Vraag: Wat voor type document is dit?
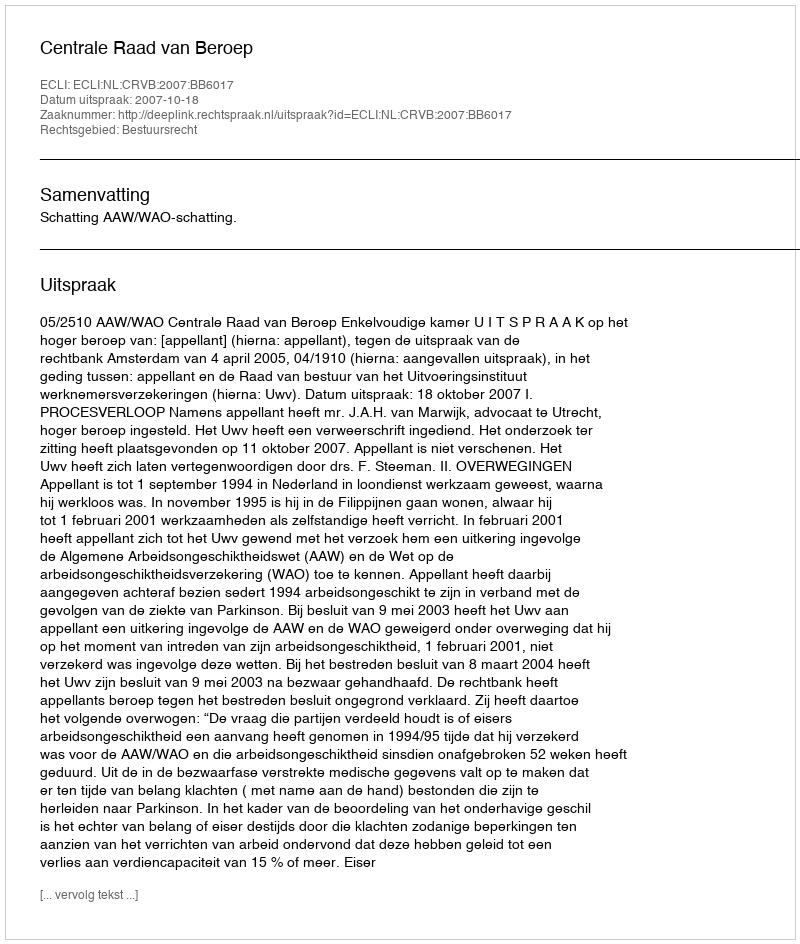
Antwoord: Uitspraak